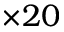
\times 2 0